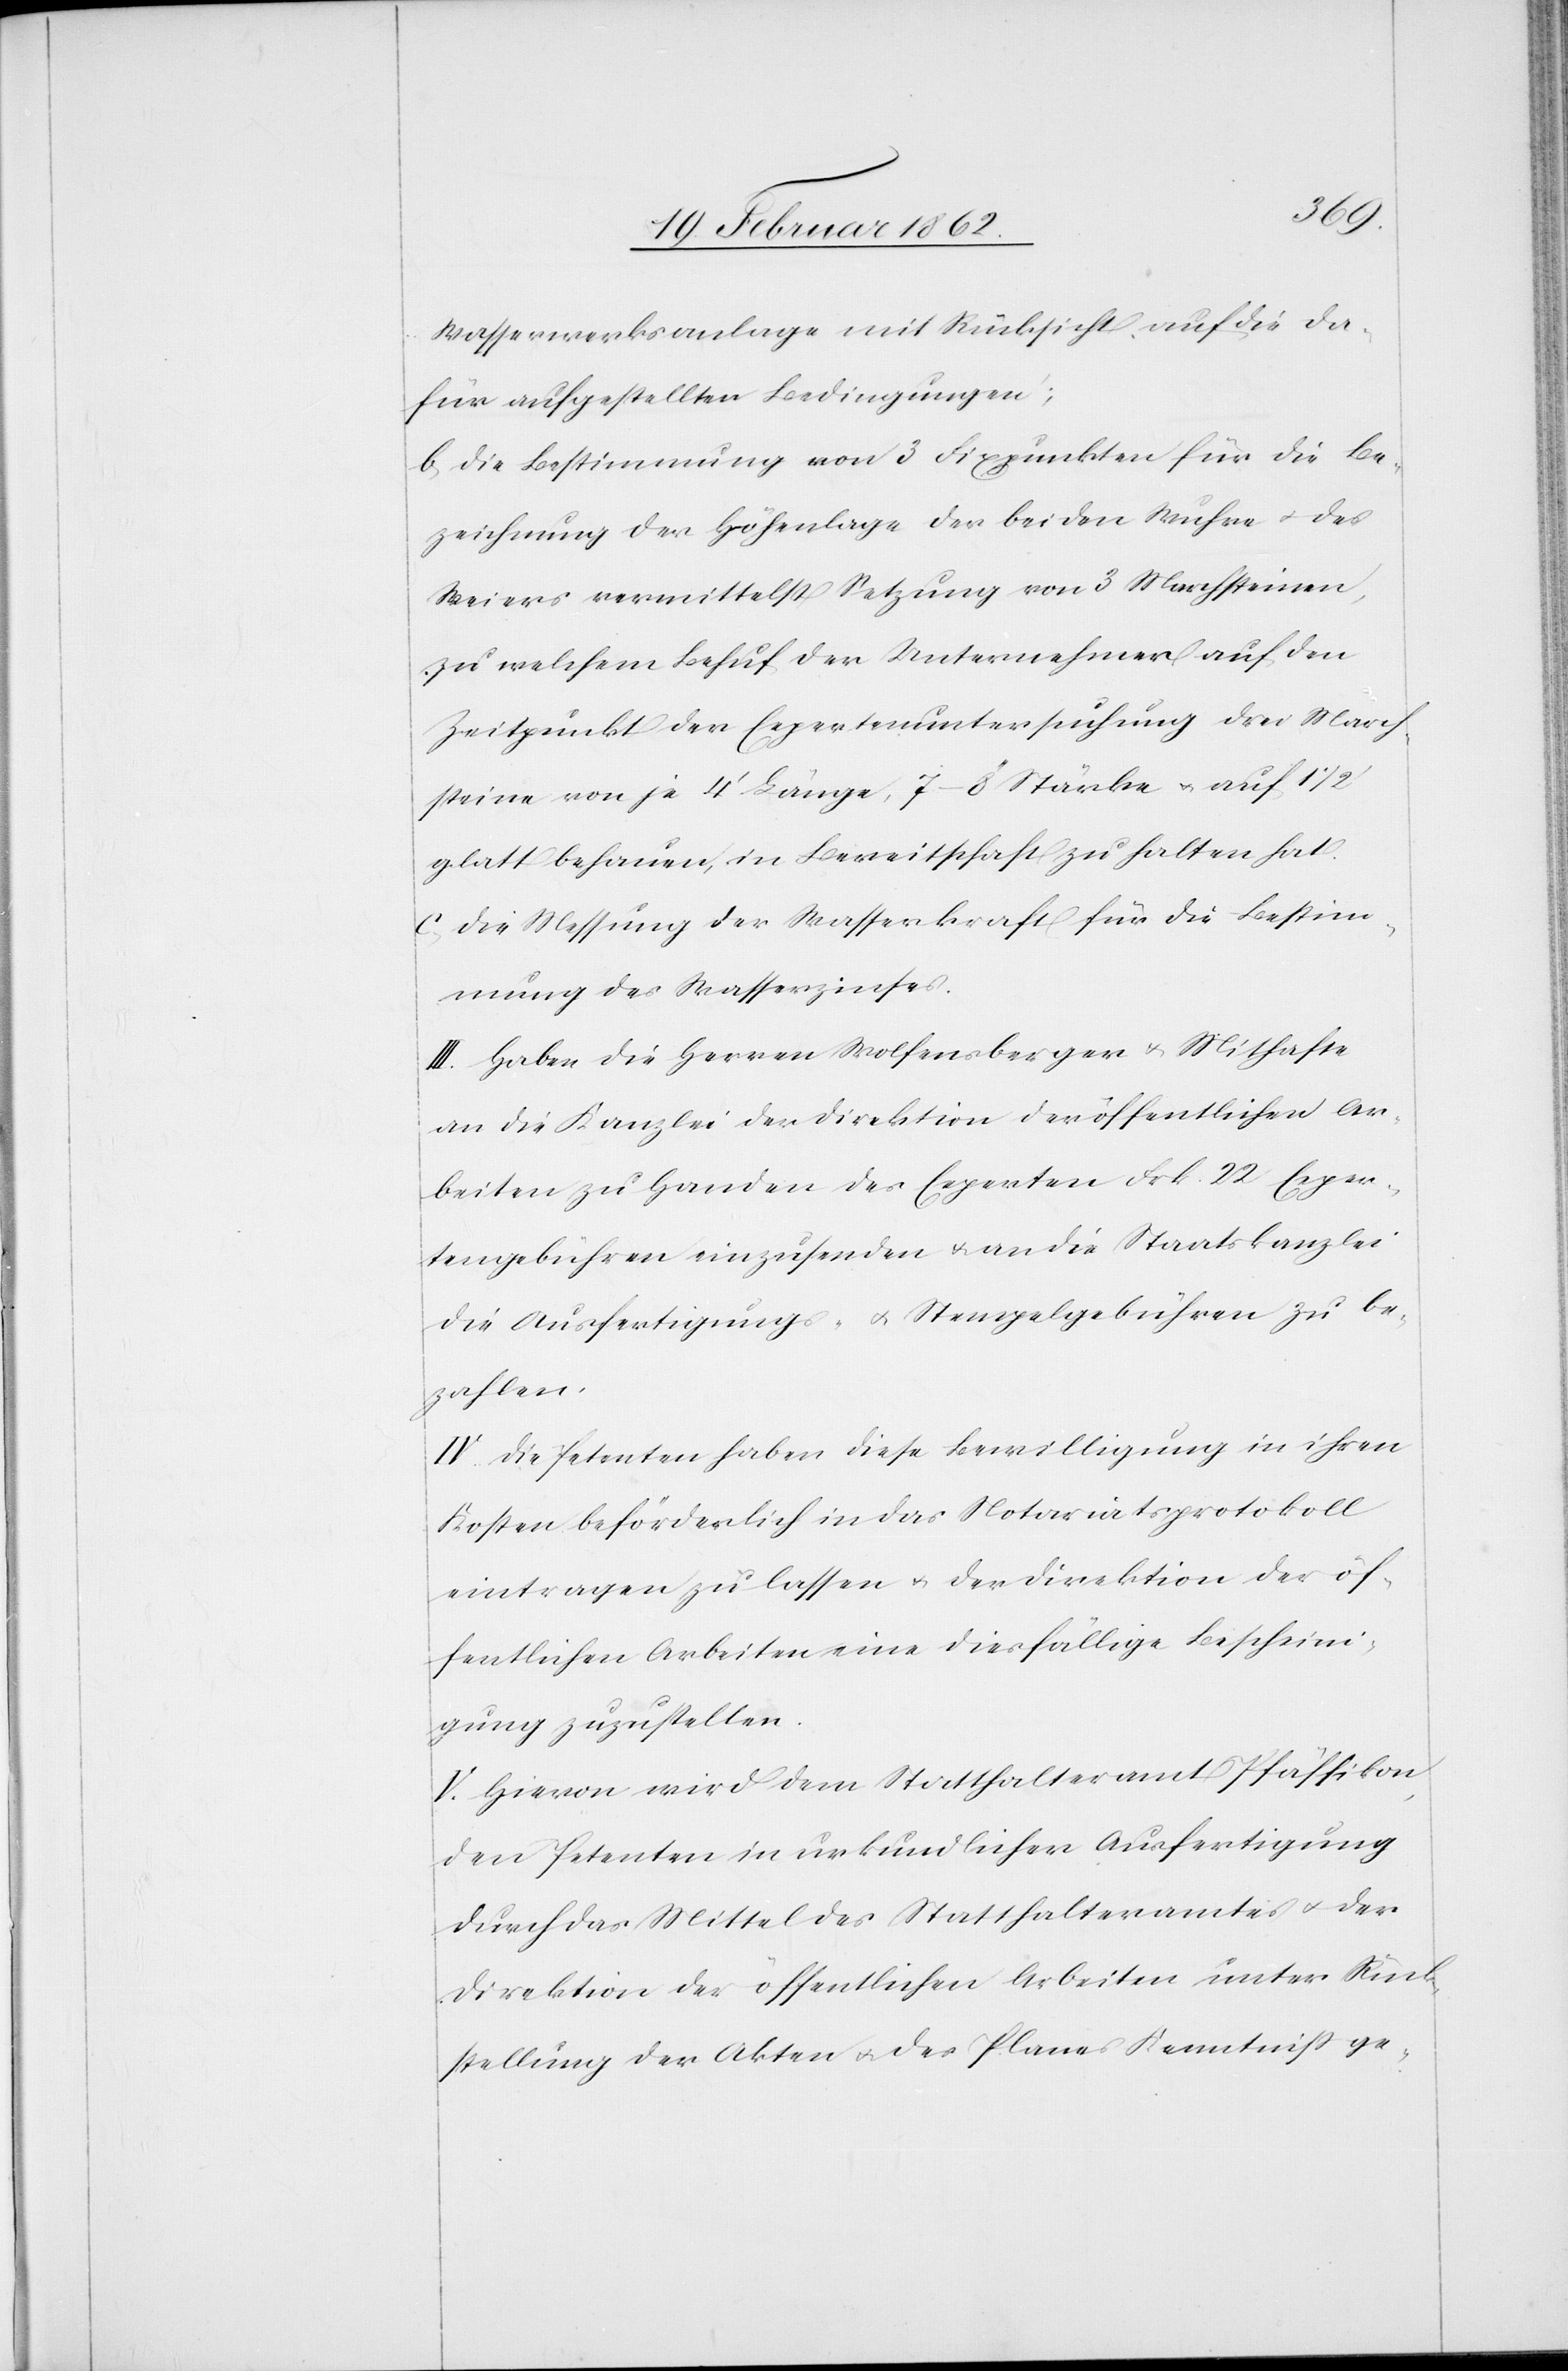
Wasserwerksanlage mit Rücksicht auf die da¬
für aufgestellten Bedingungen;
b) Die Bestimmung von 3 Fixpunkten für die Be¬
zeichnung der Höhenlage der beiden Wuhre u. des
Weiers vermittelst Setzung von 3 Marchsteinen,
zu welchem Behuf der Unternehmer auf den
Zeitpunkt der Expertenuntersuchung drei March¬
steine von je 4’ Länge, 7–8’’ Stärke auf 1
glatt behauen , in Bereitschaft zu halten hat.
c) Die Messung der Wasserkraft für die Bestim¬
mung des Wasserzinses.
III. Haben die Herren Wolfensberger u. Mithafte
an die Kanzlei der Direktion der öffentlichen Ar¬
beiten zu Handen des Experten Frk. 22 Exper¬
tengebühren einzusenden u. an die Staatskanzlei
die Ausfertigungs- u. Stempelgebühren zu be¬
zahlen.
IV. Die Petenten haben diese Bewilligung in ihren
Kosten beförderlich in das Notariatsprotokoll
eintragen zu lassen u. der Direktion der öf¬
fentlichen Arbeiten eine diesfällige Bescheini¬
gung zuzustellen.
V. Hievon wird dem Statthalteramt Pfäffikon,
den Petenten in urkundlicher Ausfertigung
durch das Mittel des Statthalteramtes u. der
Direktion der öffentlichen Arbeiten unter Rück¬
stellung der Akten u. des Planes Kenntniß zu ge-